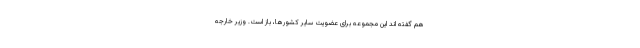
هم گفته اند این مجموعه برای عضویت سایر کشورها، باز است. وزیر خارجه